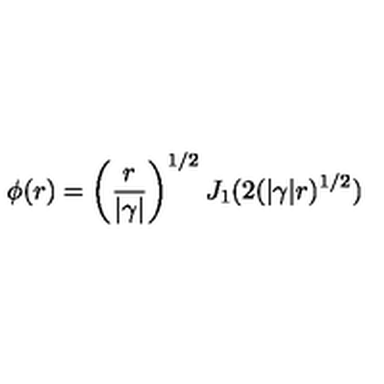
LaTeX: \phi ( r ) = \left( \frac { r } { | \gamma | } \right) ^ { 1 / 2 } J _ { 1 } ( 2 ( | \gamma | r ) ^ { 1 / 2 } )